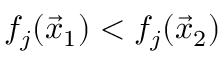
f _ { j } ( { \vec { x } } _ { 1 } ) < f _ { j } ( { \vec { x } } _ { 2 } )